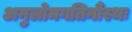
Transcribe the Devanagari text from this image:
अनुलोमगतिर्नौस्थः